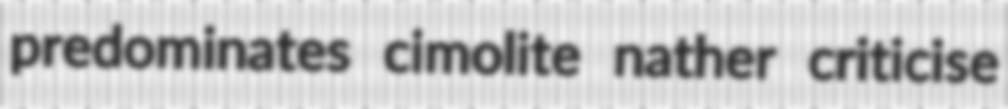
predominates cimolite nather criticise